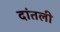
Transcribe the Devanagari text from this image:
दांतली